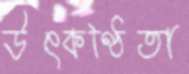
উৎকণ্ঠিতা